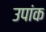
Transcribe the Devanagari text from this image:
उपांक